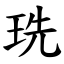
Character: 珗